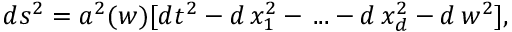
d s ^ { 2 } = a ^ { 2 } ( w ) [ d t ^ { 2 } - d \, x _ { 1 } ^ { 2 } - \, . . . - d \, x _ { d } ^ { 2 } - d \, w ^ { 2 } ] ,